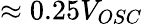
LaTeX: \approx 0.25V_{OSC}